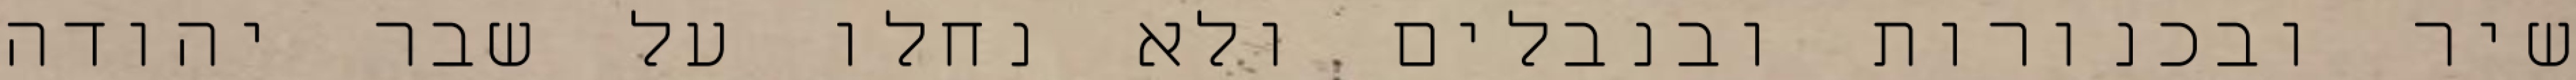
שיר ובכנורות ובנבלים ולא נחלו על שבר יהודה